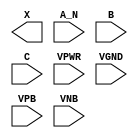
module sky130_fd_sc_hd__and3b (
    X   ,
    A_N ,
    B   ,
    C   ,
    VPWR,
    VGND,
    VPB ,
    VNB
);

    output X   ;
    input  A_N ;
    input  B   ;
    input  C   ;
    input  VPWR;
    input  VGND;
    input  VPB ;
    input  VNB ;
endmodule